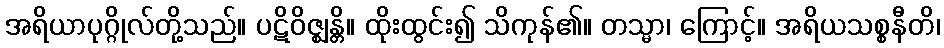
အရိယာပုဂ္ဂိုလ်တို့သည်။ ပဋိဝိဇ္ဈန္တိ။ ထိုးထွင်း၍ သိကုန်၏။ တသ္မာ၊ ကြောင့်။ အရိယသစ္စနီတိ၊